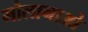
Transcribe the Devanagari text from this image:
मौलानाओ